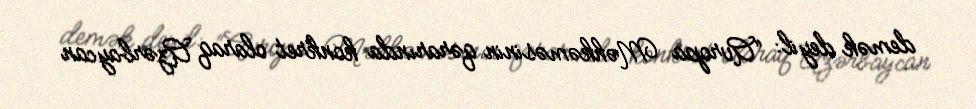
demək deyil: “Avropa Məhkəməsinin qərarında konkret olaraq Azərbaycan